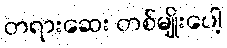
တရားဆေး တစ်မျိုးပေါ့